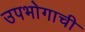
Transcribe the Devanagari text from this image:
उपभोगाची